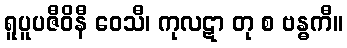
ရူပူပဇီဝိနီ ဝေသီ၊ ကုလဋာ တု စ ဗန္ဓကီ။